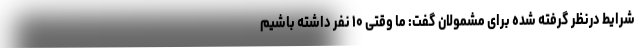
شرایط درنظر گرفته شده برای مشمولان گفت: ما وقتی ۱۰ نفر داشته باشیم